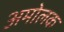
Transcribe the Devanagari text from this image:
अमोलक